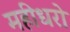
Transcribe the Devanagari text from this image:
महीधरो